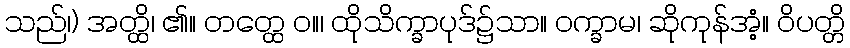
သည်၊) အတ္ထိ၊ ၏။ တတ္ထေ ဝ။၊ ထိုသိက္ခာပုဒ်၌သာ။ ဝက္ခာမ၊ ဆိုကုန်အံ့။ ဝိပတ္တိ